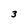
Character: 3